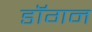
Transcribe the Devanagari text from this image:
डॉगन